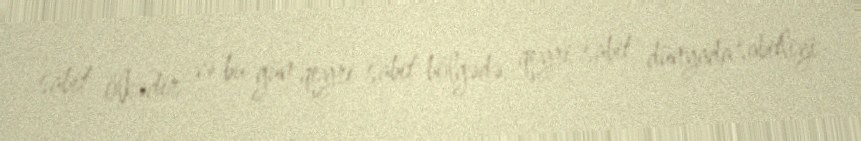
sabit ölkədir və bu gün qeyri-sabit bölgədə, qeyri-sabit dünyada sabitliyi